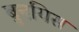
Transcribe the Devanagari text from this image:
बुनयिस